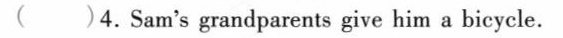
( )4. Sam's grandparents give him a bicycle.